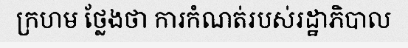
ក្រហម ថ្លែងថា ការកំណត់របស់រដ្ឋាភិបាល